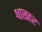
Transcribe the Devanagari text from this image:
श्वासहर